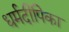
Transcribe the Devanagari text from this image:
धर्मदीपिका